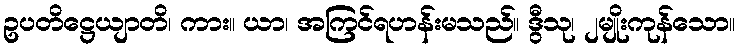
ဥပတိဋ္ဌေယျာတိ၊ ကား။ ယာ၊ အကြင်ရဟန်းမသည်။ ဒွီသု၊ ၂မျိုးကုန်သော။